Problem: 4 × 7 = ?
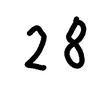
Handwritten answer: 28